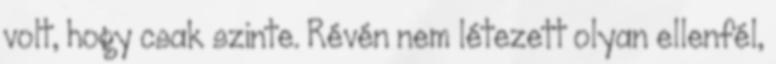
volt, hogy csak szinte. Révén nem létezett olyan ellenfél,